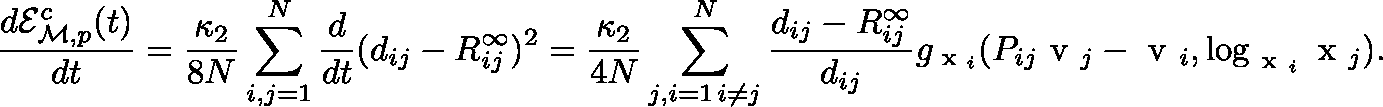
\frac { d \mathcal { E } _ { { \mathcal M } , p } ^ { c } ( t ) } { d t } = \frac { \kappa _ { 2 } } { 8 N } \sum _ { i , j = 1 } ^ { N } \frac { d } { d t } ( d _ { i j } - R _ { i j } ^ { \infty } ) ^ { 2 } = \frac { \kappa _ { 2 } } { 4 N } \sum _ { \substack { j , i = 1 \, i \neq j } } ^ { N } \frac { d _ { i j } - R _ { i j } ^ { \infty } } { d _ { i j } } g _ { \scriptsize \mathrm { \boldmath ~ x ~ } _ { i } } ( P _ { i j } \mathrm { \boldmath ~ v ~ } _ { j } - \mathrm { \boldmath ~ v ~ } _ { i } , \log _ { \mathrm { \boldmath ~ x ~ } _ { i } } \mathrm { \boldmath ~ x ~ } _ { j } ) .